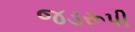
જડરૂપી